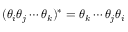
( \theta _ { i } \theta _ { j } \cdots \theta _ { k } ) ^ { * } = \theta _ { k } \cdots \theta _ { j } \theta _ { i }